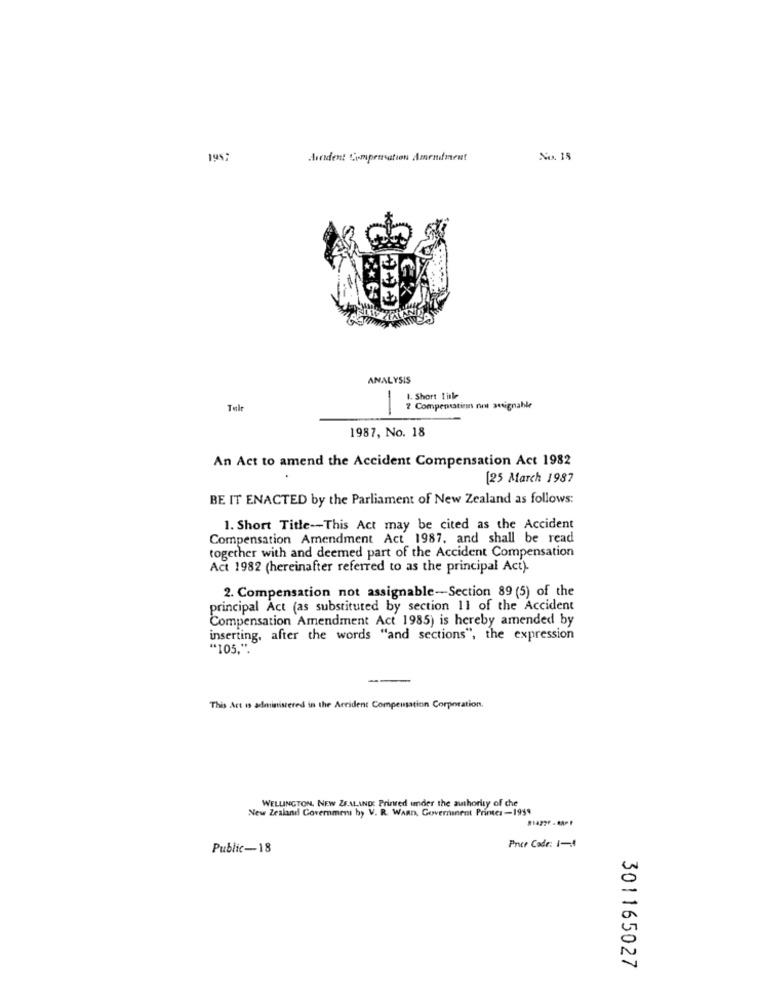
1957
Mindent Compemation Amendment
No. 18
ANALYSIS
Short tille
Tele
2 Compensatingn nit avignahle
1987, No. 18
An Act to amend the Accident Compensation Act 1982
[25 March 1987
BE IT ENACTED by the Parliament of New Zealand as follows:
1. Short Title -- This Act may be cited as the Accident
Compensation Amendment Act 1987, and shall be read
together with and deemed part of the Accident Compensation
Act 1982 (hereinafter referred to as the principal Act).
2. Compensation not assignable-Section 89 (5) of the
principal Act (as substituted by section 11 of the Accident
Compensation Amendment Act 1985) is hereby amended by
inserting, after the words "and sections", the expression
"105.".
This Act is administered in the Accident Compensation Corporation.
WELLINGTON, NEW ZEALAND: Printed under the authority of che
New Zealand Government by V. R. WARD, Government Printer-1994
81422F - RAPP
Public-18
Pree Code: 1-4
301165027